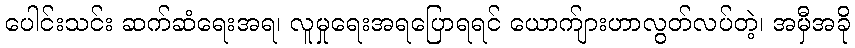
ပေါင်းသင်း ဆက်ဆံရေးအရ၊ လူမှုရေးအရပြောရရင် ယောက်ျားဟာလွတ်လပ်တဲ့၊ အမှီအခို